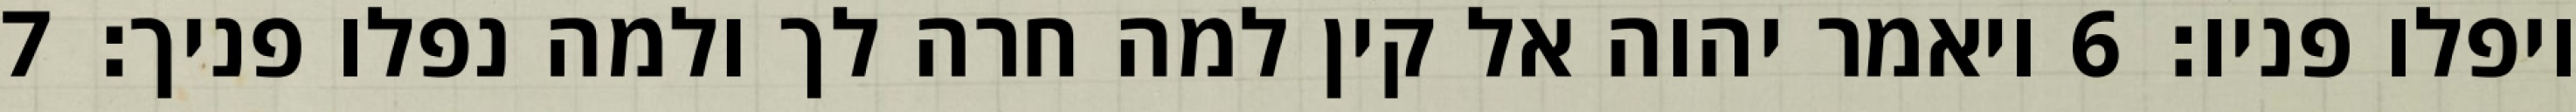
ויפלו פניו׃ ‎6‏ ויאמר יהוה אל קין למה חרה לך ולמה נפלו פניך׃ ‎7‏